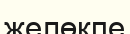
желөкпе